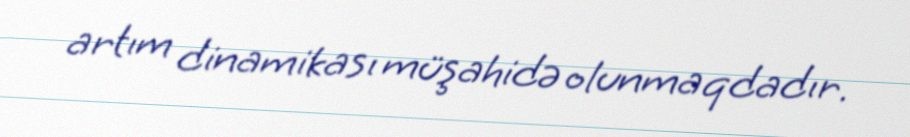
artım dinamikası müşahidə olunmaqdadır.